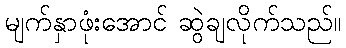
မျက်နှာဖုံးအောင် ဆွဲချလိုက်သည်။